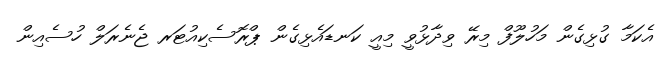
އެކަމާ ގުޅިގެން މަހުލޫފް މިރޭ ވިދާޅުވީ މިއީ ކަނޑައެޅިގެން ޕްރޮސެކިއުޓަރ ޖެނެރަލް ހުސެއިން